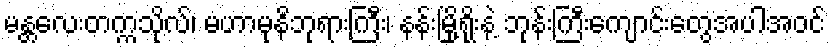
မန္တလေးတက္ကသိုလ်၊ မဟာမုနိဘုရားကြီး၊ နန်းမြို့ရိုးနဲ့ ဘုန်းကြီးကျောင်းတွေအပါအဝင်